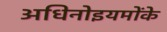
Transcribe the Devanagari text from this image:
अधिनोइयमोंके